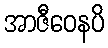
အာဇီဝေနပိ